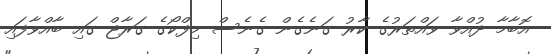
އޮބާމާ ދުއްވާ ވައްތަރުގެ ކާރު ގަނެގެން ގެނެސް މިފްކޯގެ ގަރާޖް ގައި ބާއްވާފައި